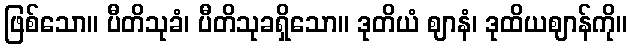
ဖြစ်သော။ ပီတိသုခံ၊ ပီတိသုခရှိသော။ ဒုတိယံ ဈာနံ၊ ဒုထိယဈာန်ကို။